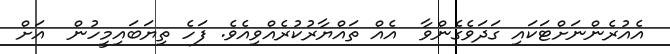
އެއުރެންނަށްޓަކައި ގަދަވެގެންވާ  އެއް ތައްޔާރުކުރެއްވިއެވެ. ފަހެ ތިޔަބައިމީހުން  އަށް